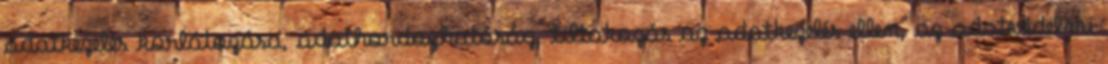
adatkezelés korlátozása, adathordozhatóság, tiltakozás az adatkezelés ellen, az adatvédelmi